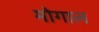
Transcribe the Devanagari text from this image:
मोगाल